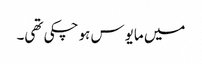
میں مایوس ہو چکی تھی۔